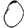
Digit: 0